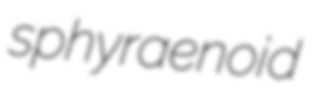
sphyraenoid